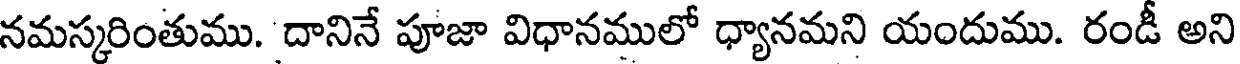
నమస్కరింతుము. దానినే పూజా విధానములో ధ్యానమని యందుము. రండీ అని